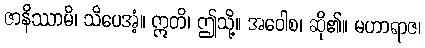
ဇာနိဿာမိ၊ သိပေအံ့။ ဣတိ၊ ဤသို့။ အဝေါစ၊ ဆို၏။ မဟာရာဇ၊